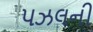
પઝલની